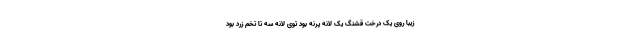
زیبا روی یک درخت قشنگ یک لانه پرنه بود توی لانه سه تا تخم زرد بود